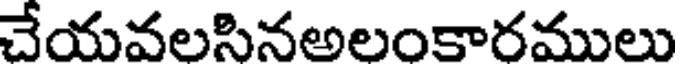
చేయవలసినఅలంకారములు